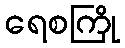
ရေစကြို